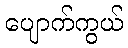
ပျောက်ကွယ်